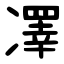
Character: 凙